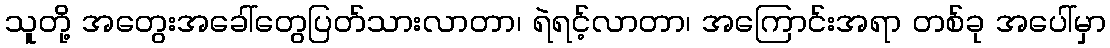
သူတို့ အတွေးအခေါ်တွေပြတ်သားလာတာ၊ ရဲရင့်လာတာ၊ အကြောင်းအရာ တစ်ခု အပေါ်မှာ